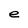
Character: e